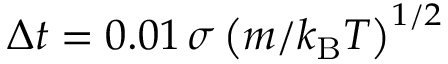
\Delta t = 0 . 0 1 \, \sigma \left( m / k _ { \mathrm { B } } T \right) ^ { 1 / 2 }